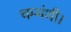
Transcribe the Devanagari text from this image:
चम्मंथी।